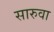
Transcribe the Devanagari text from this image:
सारुवा